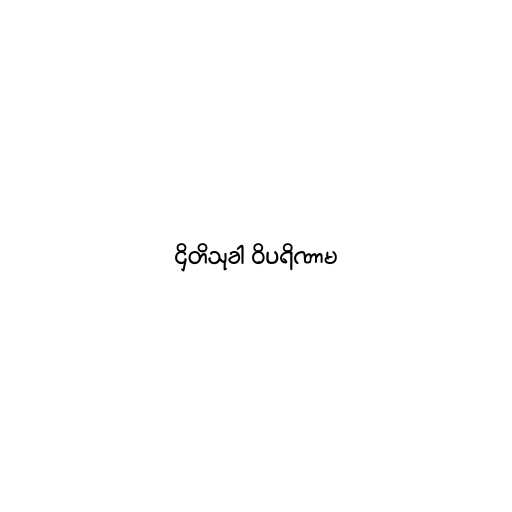
ဌိတိသုခါ ဝိပရိဏာမ